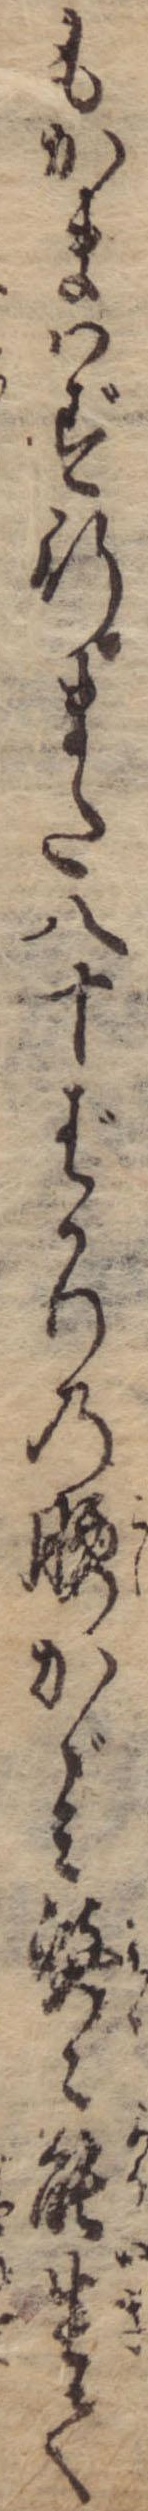
もかまはず行また八十ばかりの腰かゞみ婆々能生て